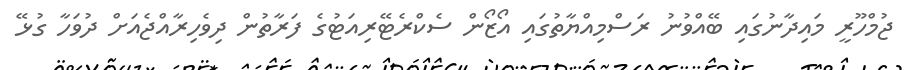
ޖުމްހޫރީ މައިދާނުގައި ބޭއްވުނު ރަސްމިއްޔާތުގައި އޯޒޯން ސެކްރެޓޭރިއަޓުގެ ފަރާތުން ދިވެހިރާއްޖެއަށް ދުވަހާ ގުޅޭ